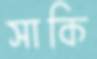
সাকি